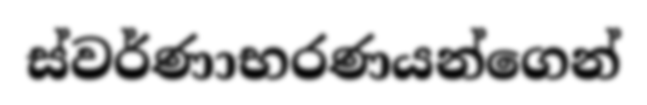
ස්වර්ණාභරණයන්ගෙන්